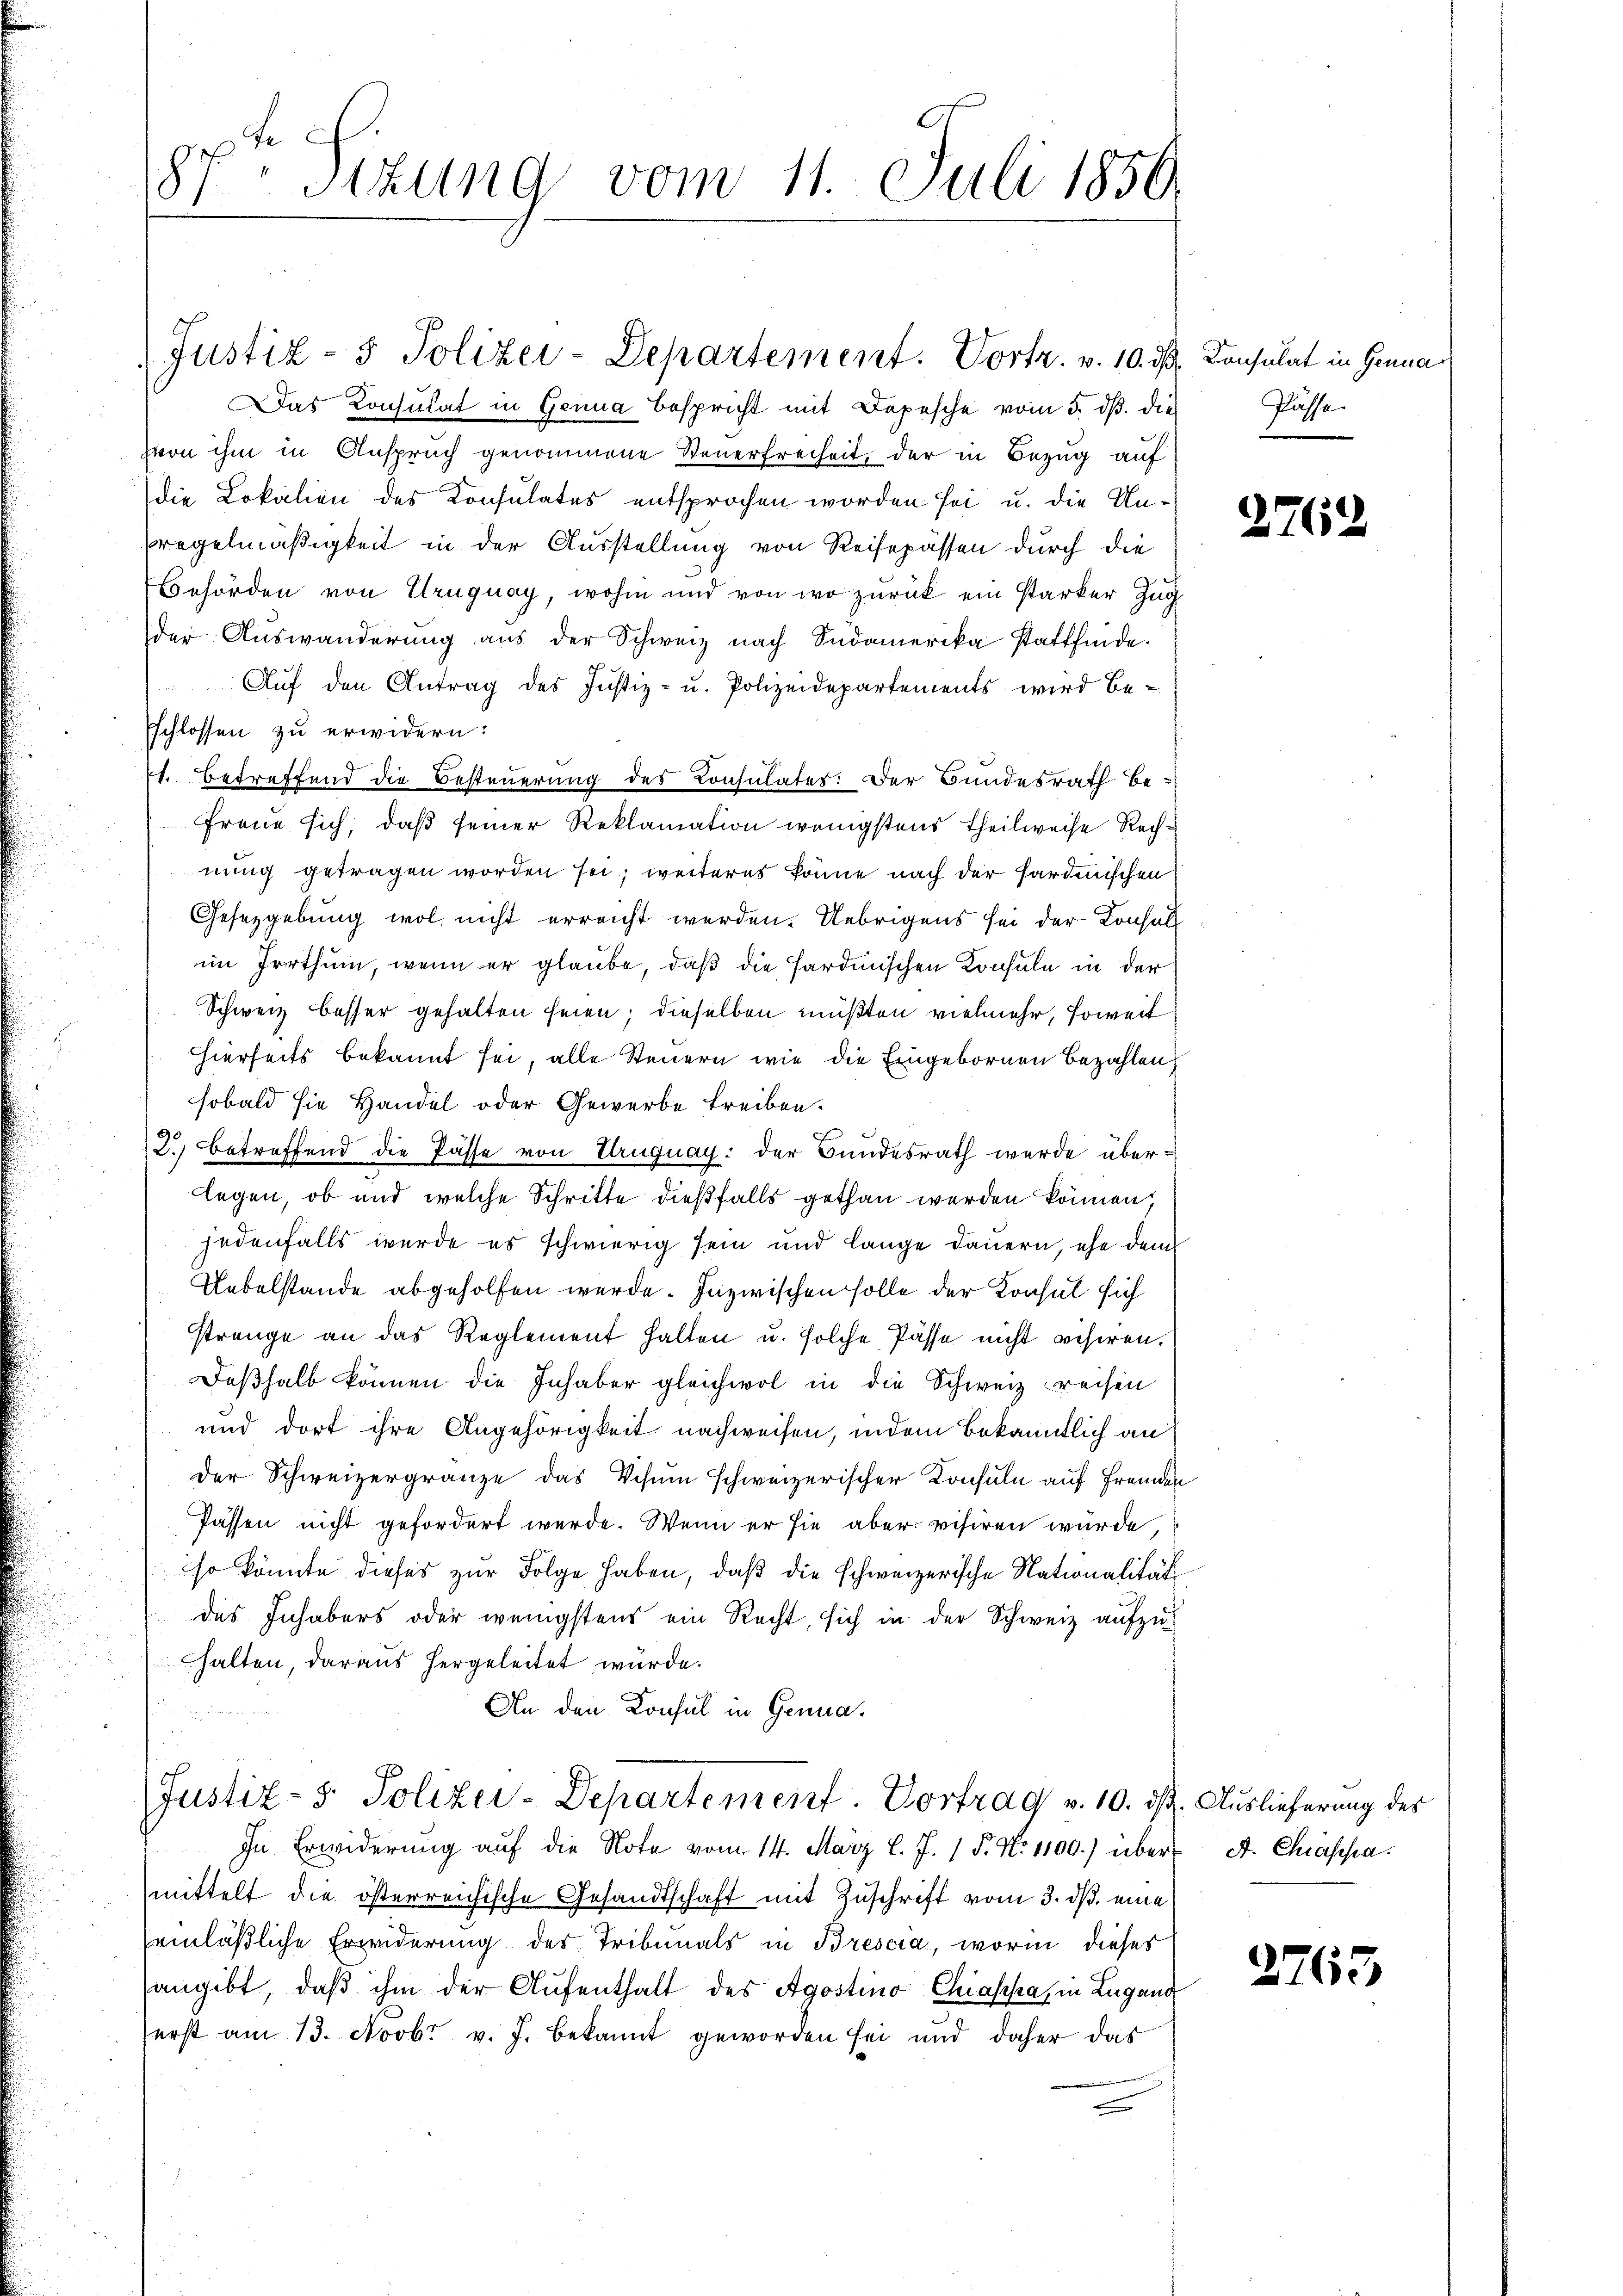
87. Sizung vom 11. Juli 1850.

Das Konsulat in Genua Bespricht mit Depesche vom 5. dβ die
von ihm in Anspruch genommene Steuerfreiheit, der in Bezug auf
die Lokalien des Konsulates entsprochen worden sei u. die Un¬
Pregelmäßigkeit in der Ausstellung von Reisepässen durch die
Behörden von Uruguay, wohin und von wo zurück ein Parker Zug
der Auswanderung aus der Schweiz nach Südamerika stattfinde.
Auf den Antrag des Justiz- u. Polizeidepartements wird be-
Eschlossen zu erwidern:
s. betreffend die Besteuerung des Consulates. Der Bundesrath be-
Freue sich, daß seiner Reklamation wenigstens Theilweise Rechnung getragen worden sei; weiteres könne nach der Sardinischen
Gesezgebung wol nicht erreicht werden. Uebrigens sei der Konsall
im Irrthum, wenn er glaube, daß die Hardmischen Konsula in der
Schweiz besser gehalten seien; dieselben müßten vielmehr, soweit
hierseits bekannt sei, alle Steuern wie die Eingebornen bezahlen
sobald sie Handel oder Gewerbe treiben.
2. betreffend die Pässe von Uruguay: der Bundesrath wurde überlegen, ob und welche Schritte dießfalls gethan werden können.
jedenfalls wurde es schwierig sein und lange Dauern, ehe dem
Uebelstände abgeholfen werde. Inzwischen solle der Konsul sich
strenge an das Reglement halten u. solche Pässe nicht visiren.
Deßhalb können die Inhaber gleichwol in die Schweiz reisen
und dort ihre Angehörigkeit nachweisen, indem bekanntlich an
der Schweizergränze das Schum schweizerischer Konsuln auf Fremden
Passen nicht gefordert werde. Wenn er sie aber visiren würde,
so könnte dieses zur Folge haben, daß die schweizerische Nationalität
des Inhabers oder wenigstens ein Recht, sich in der Schweiz aufzuhalten, daraus hergeleitet würde.
An den Konsul in Genua¬
Justiz- & Polizei-Departement. Vortrag v. 10. ds. Auslieferung des
In Erwiderung auf die Note vom 14. März l. J. P. Nr. 1100.) über A. Chiassamittelt die österreichische Gesandtschaft mit Zuschrift vom 3. ds. eine
einläßliche Erwiderung des Tribunals in Brescia, worin dieses
hangibt, daß ihm der Aufenthalt des Agostina Chiassa, in Lugang
erst am 13. Novbr. v. J. bekannt geworden sei und daher das
e

Justiz- & Polizei-Departement. Vortr. v. 10. d. Konsulat in Genua

Pässe

2762

2763